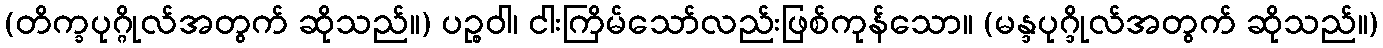
(တိက္ခပုဂ္ဂိုလ်အတွက် ဆိုသည်။) ပဉ္စဝါ၊ ငါးကြိမ်သော်လည်းဖြစ်ကုန်သော။ (မန္ဒပုဂ္ဒိုလ်အတွက် ဆိုသည်။)